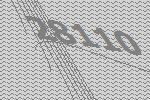
28110